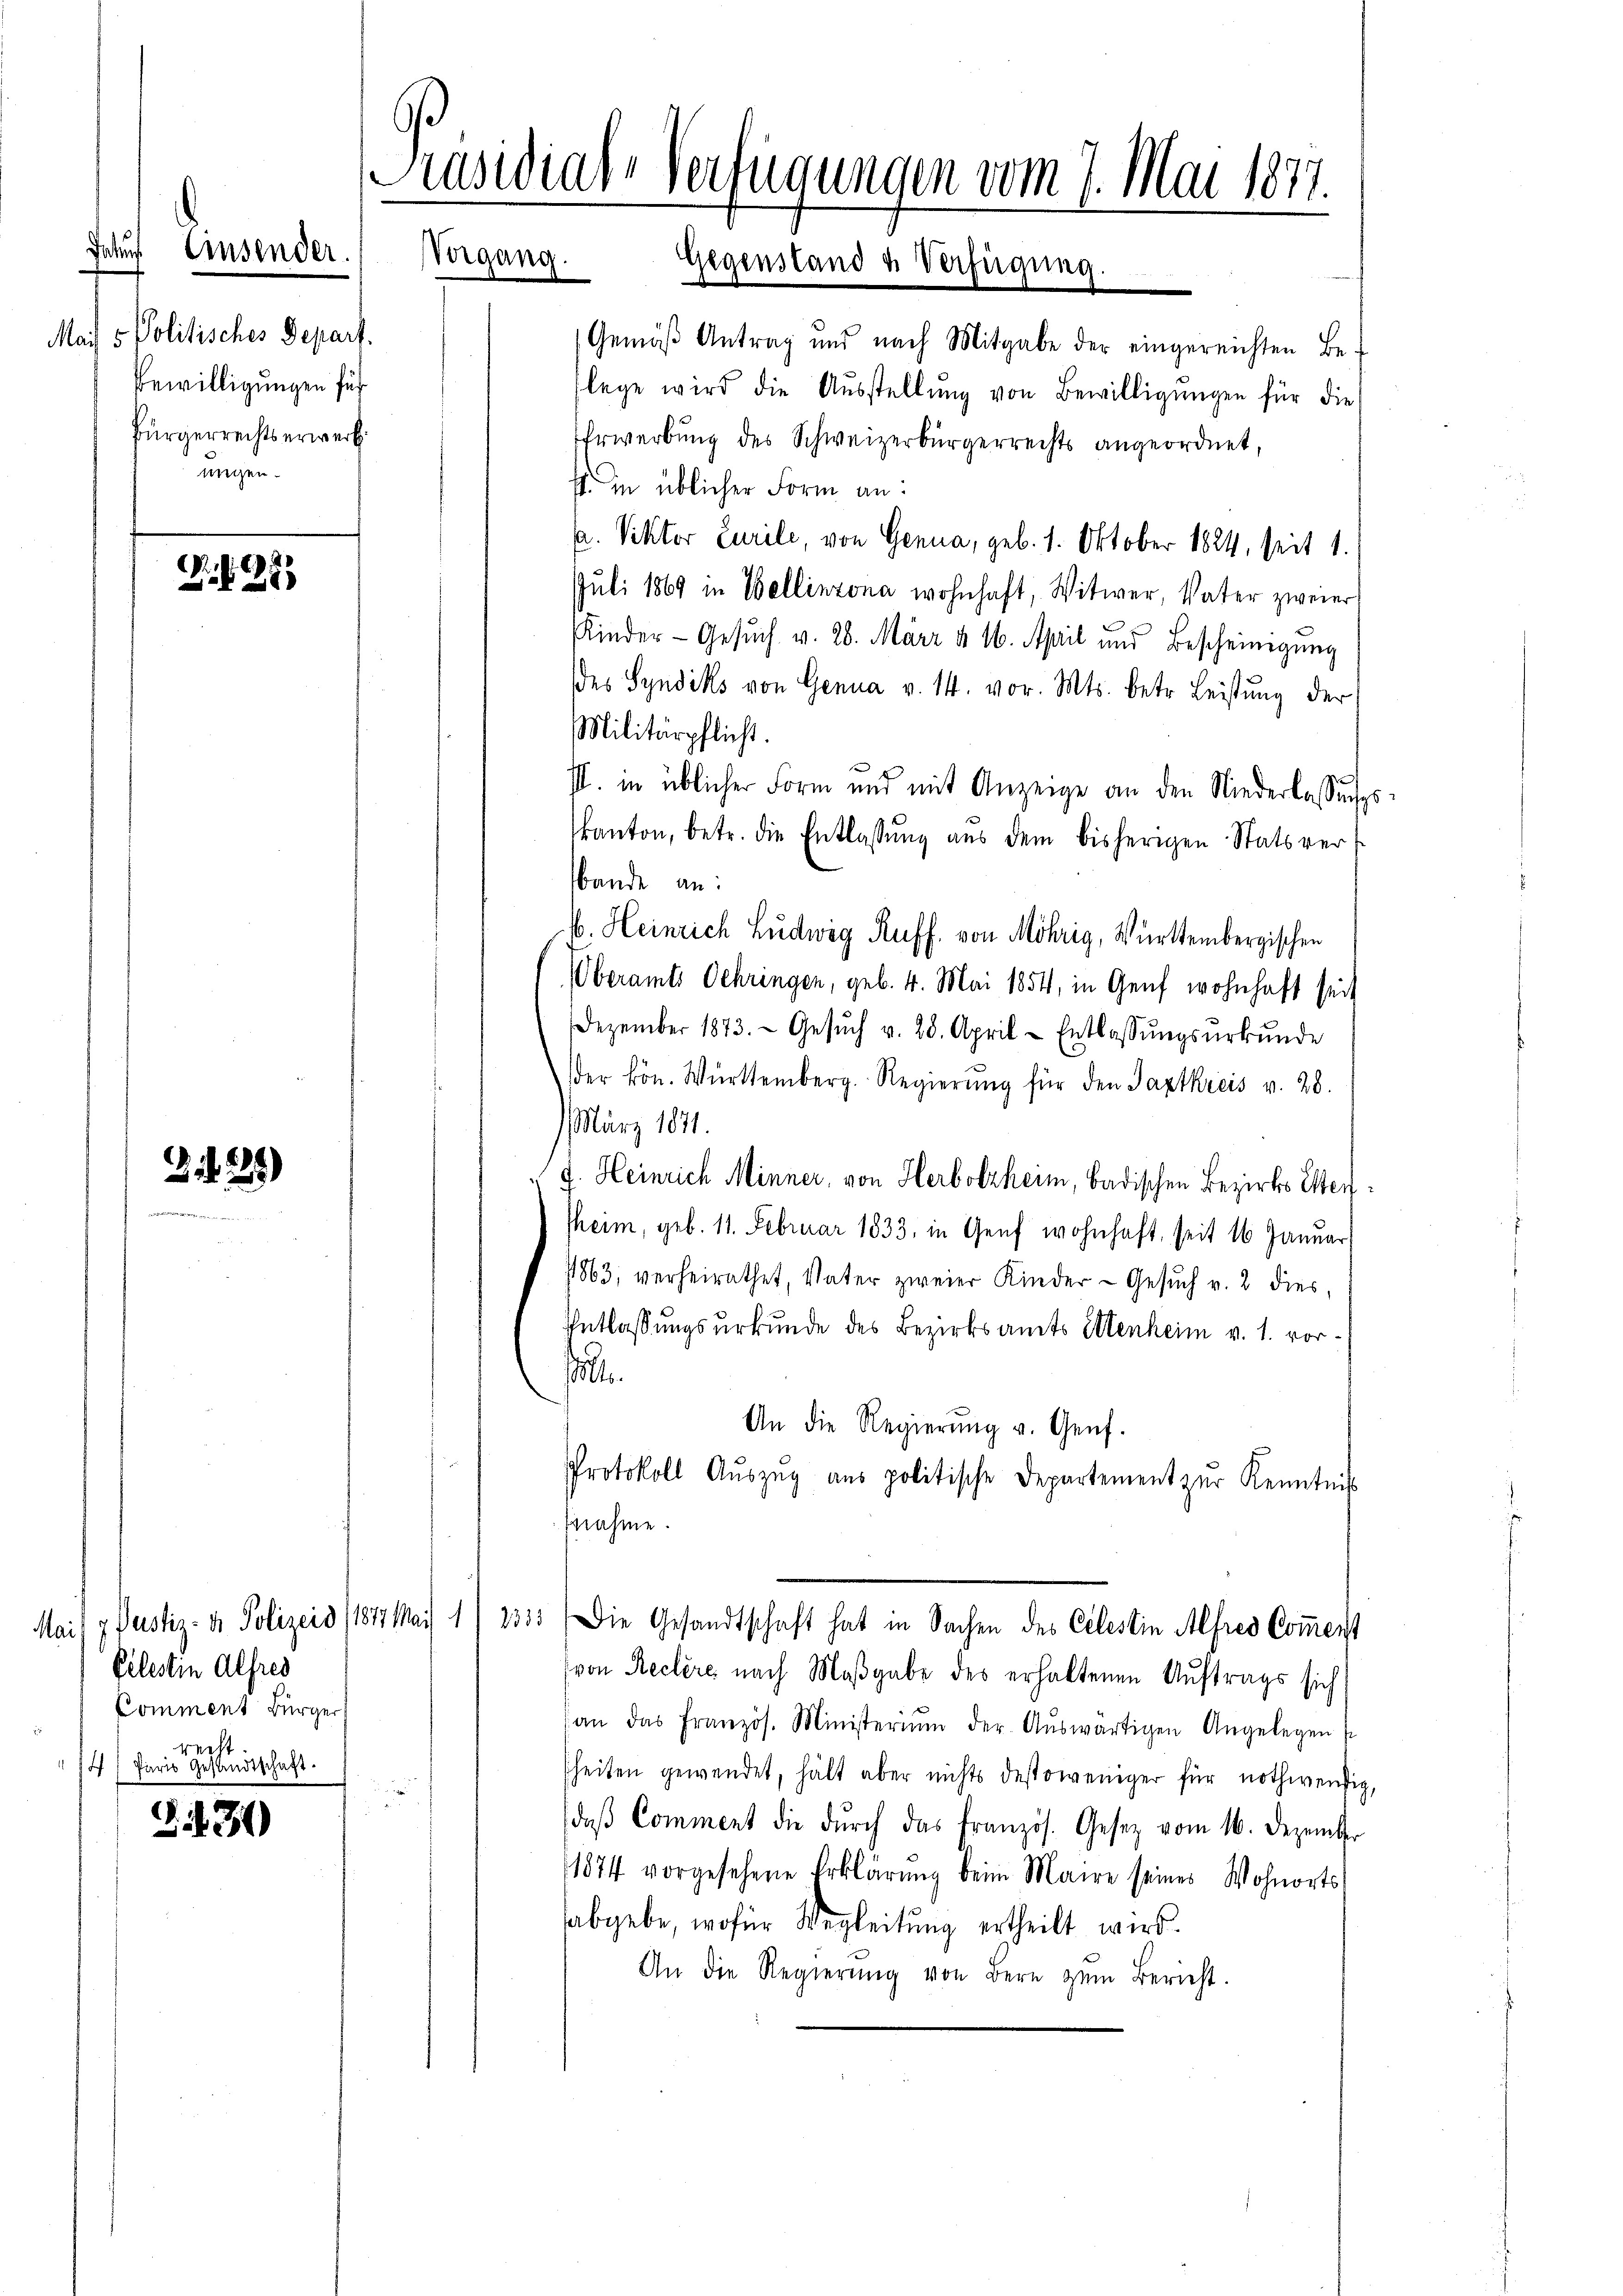
Mai) 5 Politisches Depart.
Bewilligungen für
Bürgerrechtserwerb
ungen.

dauf Einsender

A. S. 1223

Z. 1284)

§430

s

raswiale Verfügungen vom 7. Mai 1877.
Vorgang. Gegenstand u. Verfügung.

Mai/ z. Justiz- u. Polizeis (1877 Mai 1
Celestin Alfres
Comment Bürger
recht.
/4 / Paris Gesandtschaft.

m
Gemäß Antrag und nach Mitgabe der eingereichten Be-
lege wird die Aŭsstellŭng von Bewilligungen für die
Erwerbung des Schweizerbürgerrechts angeordnet,
s. in üblicher Form an:
u. Viktor Curile, von Genua, geb. 1. Oktober 1824, seit 1.
Juli 1869 in Bellinzona wohnhaft, Witwer, Vater zweier
Kinder- Gesuch v. 26. März d. 16. April und Bescheinigŭng
des Syndiks von Genua v. 14. vor. Mts. betr. Leistung der
Militärpflicht.
III. in üblicher Form und mit Anzeige an den Niederlassŭngs
kanton, betr. die Entlassŭng aus dem bisherigen Statsver¬
Bande an:
b. Heinrich Ludwig Ruff, von Möhrig, Württembergischen
Oberamts Schringen, geb. 4. Mai 1854, in Genf wohnhaft seit
Dezember 1873. Gesŭch v. 28. April - Entlassungsurkunde
der kön. Württemberg. Regierŭng für den Jaztkreis v. 28.
März 1891.
F. Heinrich Minner, von Herbolzheim, badischen Bezirks Etten
sheim, geb. 11. Februar 1833. in Genf wohnhaft, seit 16 Januar
" 1863, verheirathet, Vater zweier Kinder-Gesŭch v. 2 dies,
Entlassungsurkunde des Bezirksamts Elenheim v. 1. vorll.
An die Regierŭng v. Genf.
Protokoll Aŭszŭg aŭs politische Departement zŭr Kenntnis
fnahme.
1333) Die Gesandtschaft hat in Sachen des Celestin Alfred Coment
(von Reclere nach Maßgabe des erhaltenen Auftrags sich
(an das Französ. Ministerium der Aŭswärtigen Angelegen
sheiten gewendet, hält aber nichts destoweniger für nothwendig,
daβ Comment die durch das Französ. Gesetz vom 16. Dezember
11874 vorgesehene Erklärŭng beim Maire seines Wohnorts-
habgebe, wofür Wegleitung ertheilt wird.
An die Regierŭng von Bern zŭm Bericht.